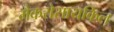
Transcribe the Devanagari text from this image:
मैकरोसायकिल